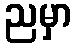
ညမှာ